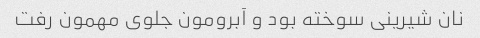
نان شیرینی سوخته بود و آبرومون جلوی مهمون رفت